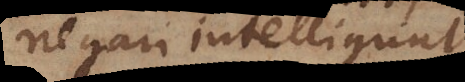
negari intelligunt